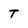
Character: T